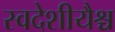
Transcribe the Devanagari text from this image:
स्वदेशीयैश्च